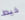
خيط